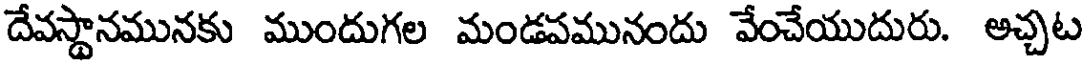
దేవస్థానమునకు ముందుగల మండపమునందు వేంచేయుదురు. అచ్చట